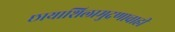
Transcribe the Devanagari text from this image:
छायाशिलामुद्रणाचाही